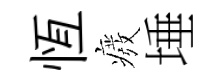
恆癈埵